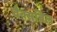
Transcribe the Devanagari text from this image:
वैक्सबिल